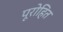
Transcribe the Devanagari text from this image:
पूरोहित